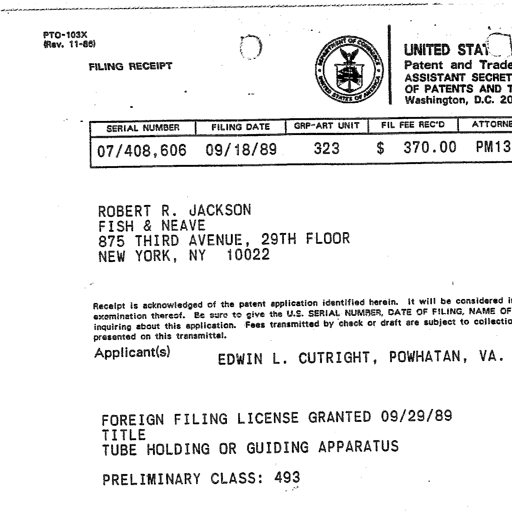
PTO-103X
(Rev. 11-86)
FILING RECEIPT
UNITED STATES DEPARTMENT OF COMMERCE
Patent and Trademark Office
ASSISTANT SECRETARY AND COMMISSIONER
OF PATENTS AND TRADEMARKS
Washington, D.C. 20231
SERIAL NUMBER FILING DATE GRP-ART UNIT FIL FEE REC'D ATTORNEY DOCKET NO.
07/408,606 09/18/89 323 $ 370.00 PM13-906
ROBERT R. JACKSON
FISH & NEAVE
875 THIRD AVENUE, 29TH FLOOR
NEW YORK, NY 10022
Receipt is acknowledged of the patent application identified herein. It will be considered in its order for
examination thereof. Be sure to give the U.S. SERIAL NUMBER, DATE OF FILING, NAME OF APPLICANT, and TITLE of invention when
inquiring about this application. Fees transmitted by check or draft are subject to collection. Please verify the accuracy of the data
presented on this transmittal.
Applicant(s)
EDWIN L. CUTRIGHT, POWHATAN, VA.
FOREIGN FILING LICENSE GRANTED 09/29/89
TITLE
TUBE HOLDING OR GUIDING APPARATUS
PRELIMINARY CLASS: 493